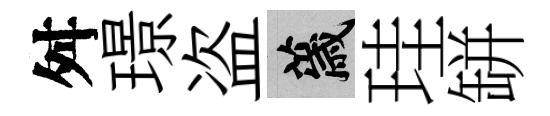
舛璟盗薉珪缾